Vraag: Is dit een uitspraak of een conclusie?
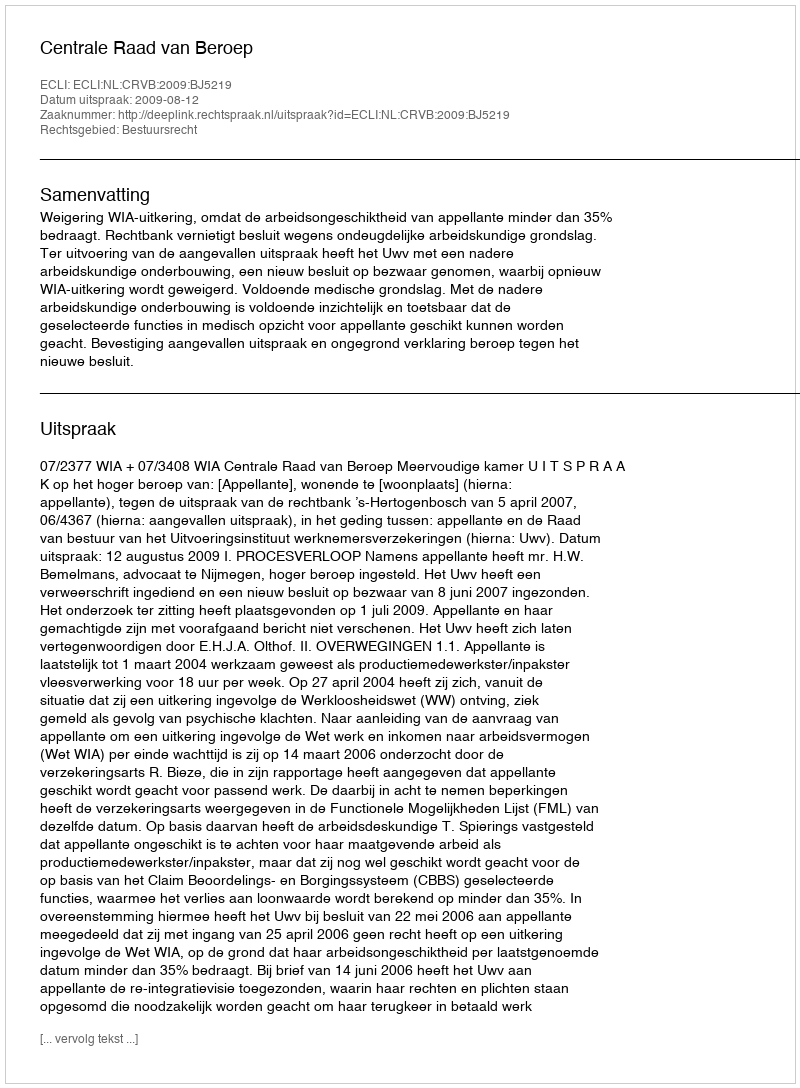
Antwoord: Uitspraak